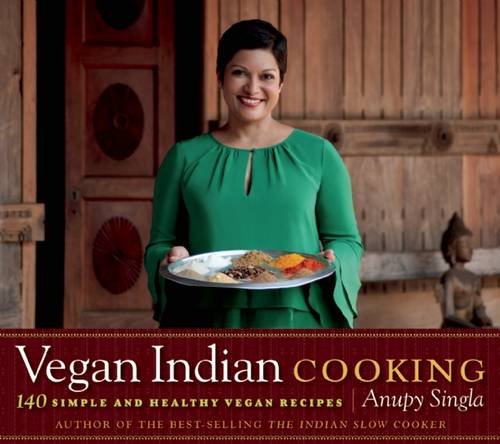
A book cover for Vegan Indian Cooking: 140 Simple and Healthy Vegan Recipes; Anupy Singla; Cookbooks, Food & Wine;